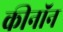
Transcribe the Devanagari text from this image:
कीनॉन